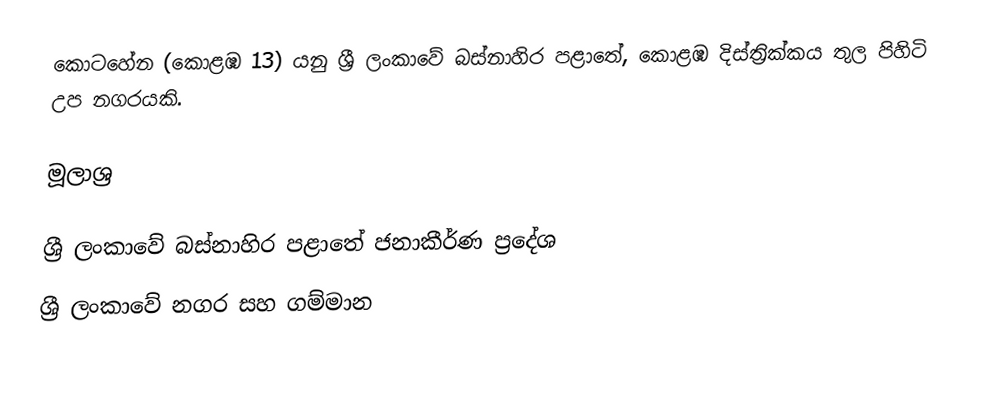
කොටහේන (කොළඹ 13) යනු ශ්‍රී ලංකාවේ බස්නාහිර පළාතේ, කොළඹ දිස්ත්‍රික්කය තුල පිහිටි උප නගරයකි.

මූලාශ්‍ර

ශ්‍රී ලංකාවේ බස්නාහිර පළාතේ ජනාකීර්ණ ප්‍රදේශ
ශ්‍රී ලංකාවේ නගර සහ ගම්මාන